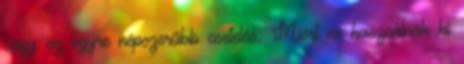
vagy az egyre népszerűbb csetelés. Miért ne használnák ki